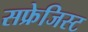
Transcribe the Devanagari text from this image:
सफ्रेजिस्ट